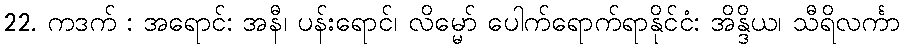
22. ကဒက် : အရောင်: အနီ၊ ပန်းရောင်၊ လိမ္မော် ပေါက်ရောက်ရာနိုင်ငံ: အိန္ဒိယ၊ သီရိလင်္ကာ